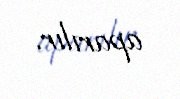
aparılır.